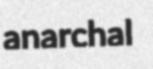
anarchal